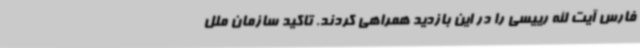
فارس آیت الله رییسی را در این بازدید همراهی کردند. تاکید سازمان ملل